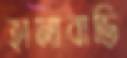
হানাবাড়ি